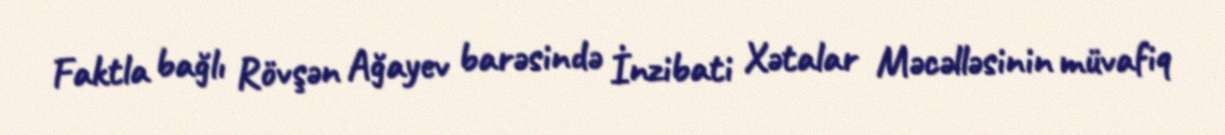
Faktla bağlı Rövşən Ağayev barəsində İnzibati Xətalar Məcəlləsinin müvafiq